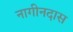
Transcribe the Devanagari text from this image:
नागीनदास